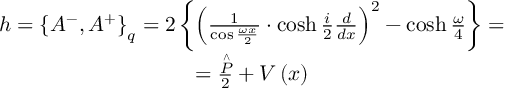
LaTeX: \begin{array} { c } { { h = \left\{ A ^ { - } , A ^ { + } \right\} _ { q } = 2 \left\{ \left( \frac { 1 } { \cos \frac { \omega x } { 2 } } \cdot \cosh \frac { i } { 2 } \frac { d } { d x } \right) ^ { 2 } - \cosh \frac { \omega } { 4 } \right\} = } } \\ { { = \frac { \stackrel { \wedge } { P } } { 2 } + V \left( x \right) } } \end{array}